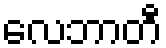
လေဘာတီ